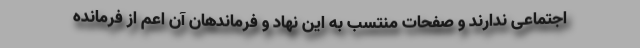
اجتماعی ندارند و صفحات منتسب به این نهاد و فرماندهان آن اعم از فرمانده